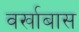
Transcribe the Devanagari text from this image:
वर्खाबास